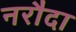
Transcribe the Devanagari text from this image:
नरौदा